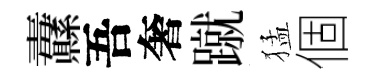
纛吾奢蹴猛個